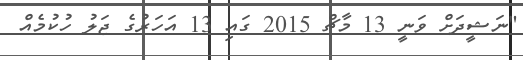
"ނަޝީދަށް ވަނީ 13 މާޗް 2015 ގައި 13 އަހަރުގެ ޖަލު ހުކުމެއް